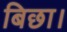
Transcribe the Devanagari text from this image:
बिछा।